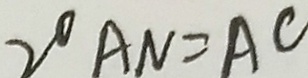
2 ^ { \circ } A N = A C